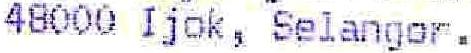
48000 IJOK, SELANGOR.